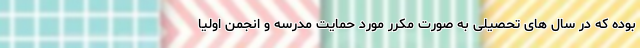
بوده که در سال های تحصیلی به صورت مکرر مورد حمایت مدرسه و انجمن اولیا